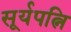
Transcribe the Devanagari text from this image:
सूर्यपत्नि